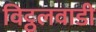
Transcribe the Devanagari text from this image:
विट्ठलवाडी